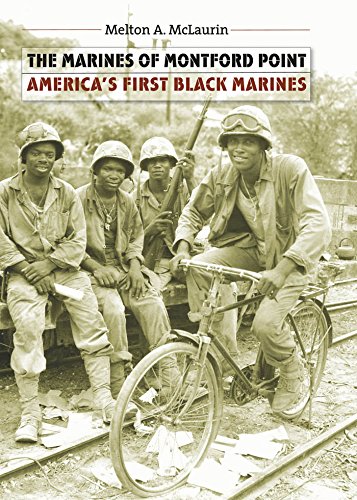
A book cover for The Marines of Montford Point: America's First Black Marines; Melton A. McLaurin; History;